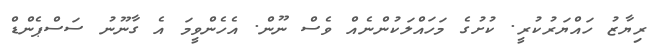
ރިޔާޒު ހައްޔަރުކުރީ. ކުށުގެ މަހައްލަކުންނެއް ވެސް ނޫން. އެހެންވީމަ އެ ގާނޫނު ސަސްޕެންޑް